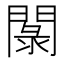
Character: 𲈭